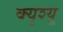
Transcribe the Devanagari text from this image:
क्यूश्यू